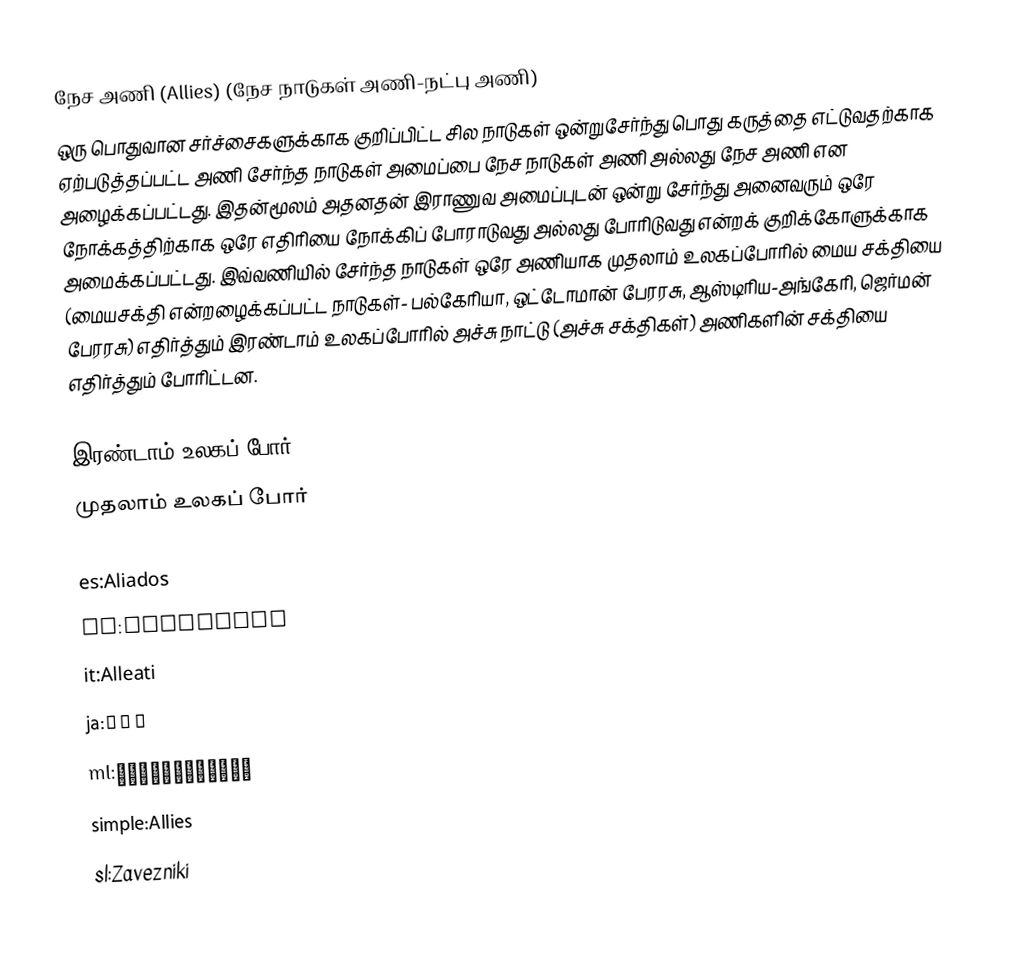
நேச அணி (Allies) (நேச நாடுகள் அணி-நட்பு அணி)
ஒரு பொதுவான சர்ச்சைகளுக்காக குறிப்பிட்ட சில நாடுகள் ஒன்றுசேர்ந்து பொது கருத்தை எட்டுவதற்காக ஏற்படுத்தப்பட்ட அணி சேர்ந்த நாடுகள் அமைப்பை நேச நாடுகள் அணி அல்லது நேச அணி என அழைக்கப்பட்டது. இதன்மூலம் அதனதன் இராணுவ அமைப்புடன் ஒன்று சேர்ந்து அனைவரும் ஒரே நோக்கத்திற்காக  ஒரே எதிரியை நோக்கிப் போராடுவது அல்லது போரிடுவது என்றக் குறிக்கோளுக்காக அமைக்கப்பட்டது. இவ்வணியில் சேர்ந்த நாடுகள் ஒரே அணியாக முதலாம் உலகப்போரில் மைய சக்தியை (மையசக்தி என்றழைக்கப்பட்ட நாடுகள்- பல்கேரியா, ஒட்டோமான் பேரரசு, ஆஸ்டிரிய-அங்கேரி, ஜெர்மன் பேரரசு) எதிர்த்தும் இரண்டாம் உலகப்போரில் அச்சு நாட்டு (அச்சு சக்திகள்) அணிகளின் சக்தியை எதிர்த்தும் போரிட்டன.

இரண்டாம் உலகப் போர்
முதலாம் உலகப் போர்

es:Aliados
hi:मित्रपक्ष
it:Alleati
ja:連合国
ml:സഖ്യകക്ഷികള്
simple:Allies
sl:Zavezniki